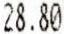
28.80